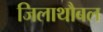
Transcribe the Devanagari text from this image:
जिलाथौबल